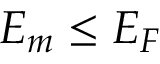
{ \cal E } _ { m } \leq { \cal E } _ { F }